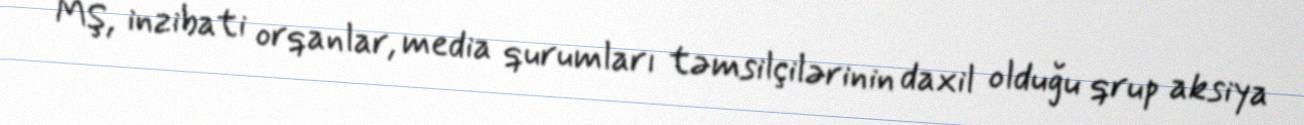
MŞ, inzibati orqanlar, media qurumları təmsilçilərinin daxil olduğu qrup aksiya